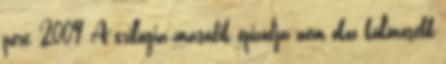
perc, 2009 A trilógia második epizódja nem okoz különösebb